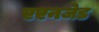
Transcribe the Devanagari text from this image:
एएनजेड